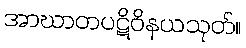
အာဃာတပဋိဝိနယသုတ်။